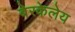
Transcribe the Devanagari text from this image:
बेरकेलेय